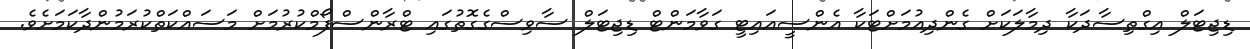
ޑިޖިޓަލް އިގްތިސާދަކާ ދިމާލަކަށް ގެންދިއުމަށްޓަކާ އެންސީއައިޓީ ގަވާމަންޓް ޑިޖިޓަލް ސާވިސްގެގޮތުގައި ޓްރާންސްފޯމްކުރުމަށް މަސައްކަތްކުރަމުންދާކަމަށެވެ.